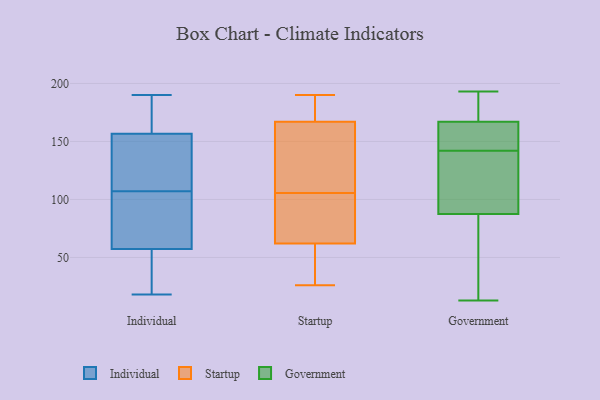
{"axis": {"x": "Production Output", "y": "Value"}, "legend": ["Government", "Individual", "Startup"], "data": [{"x": "", "y": 135, "type": "Individual"}, {"x": "", "y": 18, "type": "Individual"}, {"x": "", "y": 150, "type": "Individual"}, {"x": "", "y": 184, "type": "Individual"}, {"x": "", "y": 57, "type": "Individual"}, {"x": "", "y": 81, "type": "Individual"}, {"x": "", "y": 159, "type": "Individual"}, {"x": "", "y": 94, "type": "Individual"}, {"x": "", "y": 107, "type": "Individual"}, {"x": "", "y": 35, "type": "Individual"}, {"x": "", "y": 56, "type": "Individual"}, {"x": "", "y": 58, "type": "Individual"}, {"x": "", "y": 190, "type": "Individual"}, {"x": "", "y": 135, "type": "Individual"}, {"x": "", "y": 176, "type": "Individual"}, {"x": "", "y": 173, "type": "Startup"}, {"x": "", "y": 127, "type": "Startup"}, {"x": "", "y": 101, "type": "Startup"}, {"x": "", "y": 62, "type": "Startup"}, {"x": "", "y": 100, "type": "Startup"}, {"x": "", "y": 41, "type": "Startup"}, {"x": "", "y": 158, "type": "Startup"}, {"x": "", "y": 185, "type": "Startup"}, {"x": "", "y": 81, "type": "Startup"}, {"x": "", "y": 190, "type": "Startup"}, {"x": "", "y": 110, "type": "Startup"}, {"x": "", "y": 167, "type": "Startup"}, {"x": "", "y": 41, "type": "Startup"}, {"x": "", "y": 26, "type": "Startup"}, {"x": "", "y": 56, "type": "Government"}, {"x": "", "y": 189, "type": "Government"}, {"x": "", "y": 135, "type": "Government"}, {"x": "", "y": 193, "type": "Government"}, {"x": "", "y": 166, "type": "Government"}, {"x": "", "y": 34, "type": "Government"}, {"x": "", "y": 117, "type": "Government"}, {"x": "", "y": 68, "type": "Government"}, {"x": "", "y": 168, "type": "Government"}, {"x": "", "y": 13, "type": "Government"}, {"x": "", "y": 149, "type": "Government"}, {"x": "", "y": 175, "type": "Government"}, {"x": "", "y": 152, "type": "Government"}, {"x": "", "y": 107, "type": "Government"}, {"x": "", "y": 113, "type": "Government"}, {"x": "", "y": 166, "type": "Government"}]}